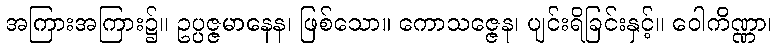
အကြားအကြား၌။ ဥပ္ပဇ္ဇမာနေန၊ ဖြစ်သော။ ကောသဇ္ဇေန၊ ပျင်းရိခြင်းနှင့်။ ဝေါကိဏ္ဏာ၊